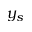
y _ { s }